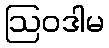
ဩဝဒါမ